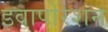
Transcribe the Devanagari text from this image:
इवापोरेशन